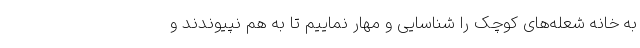
به خانه شعله‌های کوچک را شناسایی و مهار نماییم تا به هم نپیوندند و